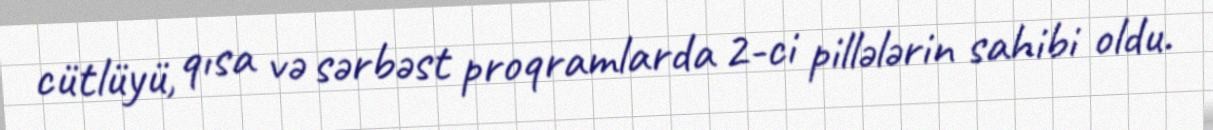
cütlüyü, qısa və sərbəst proqramlarda 2-ci pillələrin sahibi oldu.